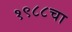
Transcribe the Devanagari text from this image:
१९८८चा